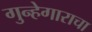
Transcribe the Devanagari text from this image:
गुन्हेगाराचा